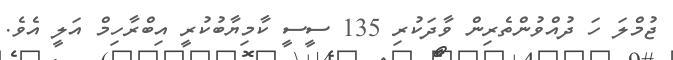
ޖުމްލަ ހަ ދުއްވުންތެރިން ވާދަކުރި 135 ސީސީ ކާމިޔާބުކުރީ އިބްރާހިމް އަލީ އެވެ.